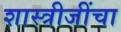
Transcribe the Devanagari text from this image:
शास्त्रीजींचा